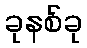
ခုနစ်ခု